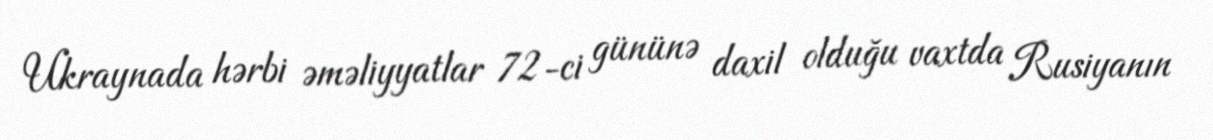
Ukraynada hərbi əməliyyatlar 72-ci gününə daxil olduğu vaxtda Rusiyanın